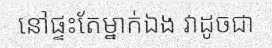
នៅផ្ទះតែម្នាក់ឯង វាដូចជា